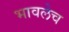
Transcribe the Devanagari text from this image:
भावलेच